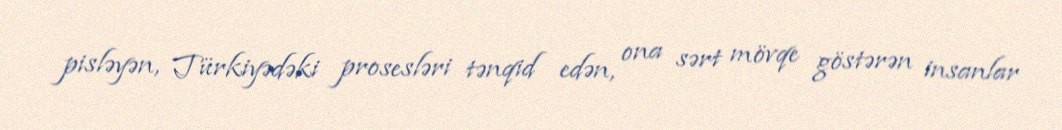
pisləyən, Türkiyədəki prosesləri tənqid edən, ona sərt mövqe göstərən insanlar